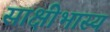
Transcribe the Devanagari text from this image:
साक्षीभास्य